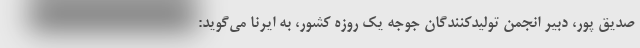
صدیق پور، دبیر انجمن تولیدکنندگان جوجه یک روزه کشور، به ایرنا می‌گوید: